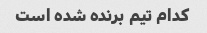
کدام تیم برنده شده است